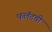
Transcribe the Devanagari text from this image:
फलॅटची